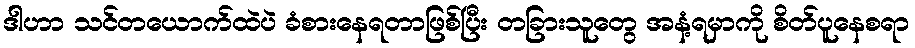
ဒါဟာ သင်တယောက်ထဲပဲ ခံစားနေရတာဖြစ်ပြီး တခြားသူတွေ အနံ့ရမှာကို စိတ်ပူနေစရာ